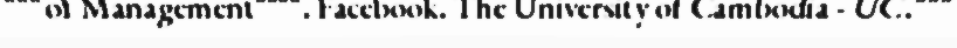
"""of Management"""". Facebook. The University of Cambodia - UC."""